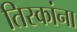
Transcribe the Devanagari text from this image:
तिस्कांना